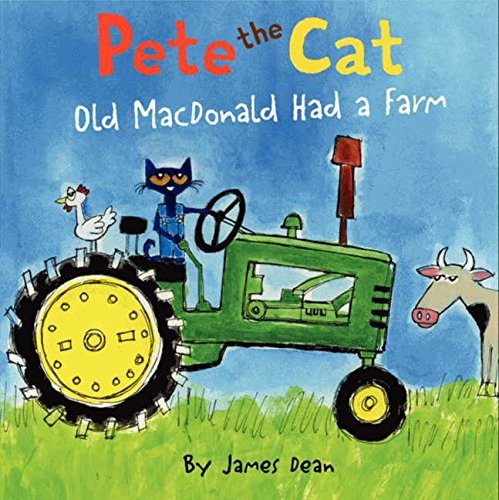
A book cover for Pete the Cat: Old MacDonald Had a Farm; James Dean; Children's Books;